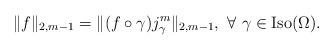
LaTeX: \begin{align*} \|f\|_{2,m-1}=\|(f\circ\gamma) j_\gamma^m \|_{2,m-1}, \ \forall \ \gamma\in {\rm Iso}(\Omega).\end{align*}